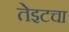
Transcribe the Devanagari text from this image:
तेइटचा